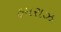
હમરાઝ